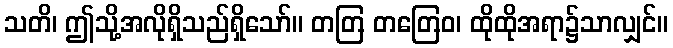
သတိ၊ ဤသို့အလိုရှိသည်ရှိသော်။ တတြ တတြေဝ၊ ထိုထိုအရာ၌သာလျှင်။